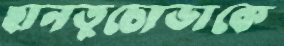
হানতুচোভাকে